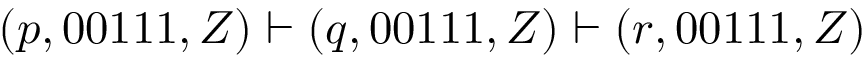
( p , 0 0 1 1 1 , Z ) \vdash ( q , 0 0 1 1 1 , Z ) \vdash ( r , 0 0 1 1 1 , Z )